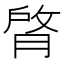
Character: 䏿